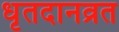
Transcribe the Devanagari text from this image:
धृतदानव्रत